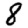
Digit: 8